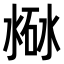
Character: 𣸐